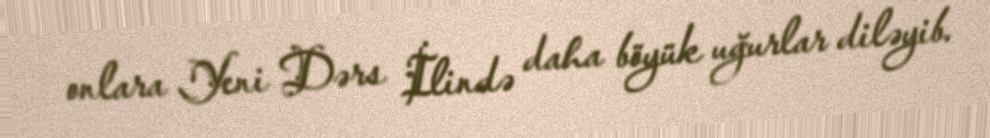
onlara Yeni Dərs İlində daha böyük uğurlar diləyib.